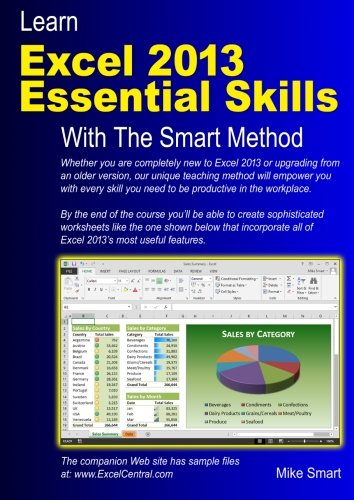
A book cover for Learn Excel 2013 Essential Skills with The Smart Method: Courseware tutorial for self-instruction to beginner and intermediate level; Mike Smart; Computers & Technology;